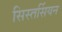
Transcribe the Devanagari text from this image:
सिस्तर्सियन